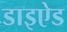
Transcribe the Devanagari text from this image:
डाइऐड